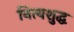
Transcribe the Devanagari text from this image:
नित्यशुद्ध